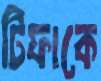
টিফাকে